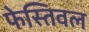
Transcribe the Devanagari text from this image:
फेस्तिवल